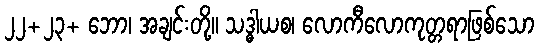
၂၂+၂၃+ ဘော၊ အချင်းတို့။ သဒ္ဓါယစ၊ လောကီလောကုတ္တရာဖြစ်သော